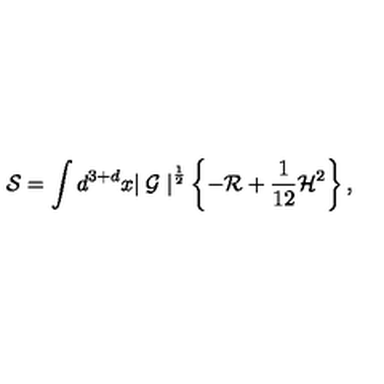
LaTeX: { \cal S } = \int d ^ { 3 + d } x { \mid { \cal G } \mid } ^ { \frac { 1 } { 2 } } \left\{ - { \cal R } + \frac { 1 } { 1 2 } { \cal H } ^ { 2 } \right\} ,